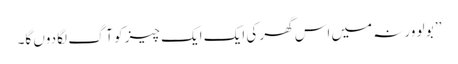
’’ بو لو ورنہ میں اس گھر کی ایک ایک چیز کو آگ لگا دوں گا۔